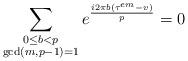
LaTeX: \begin{align*}\sum_{\substack{0\leq b< p\\\gcd(m,p-1)=1}}e^{\frac{i2\pi b(\tau^{em}-v)}{p}} =0\end{align*}